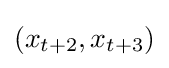
(x_{t+2},x_{t+3})